Mental hospitals Bombay report 1929-33 - 1929-1933
Year: 1929
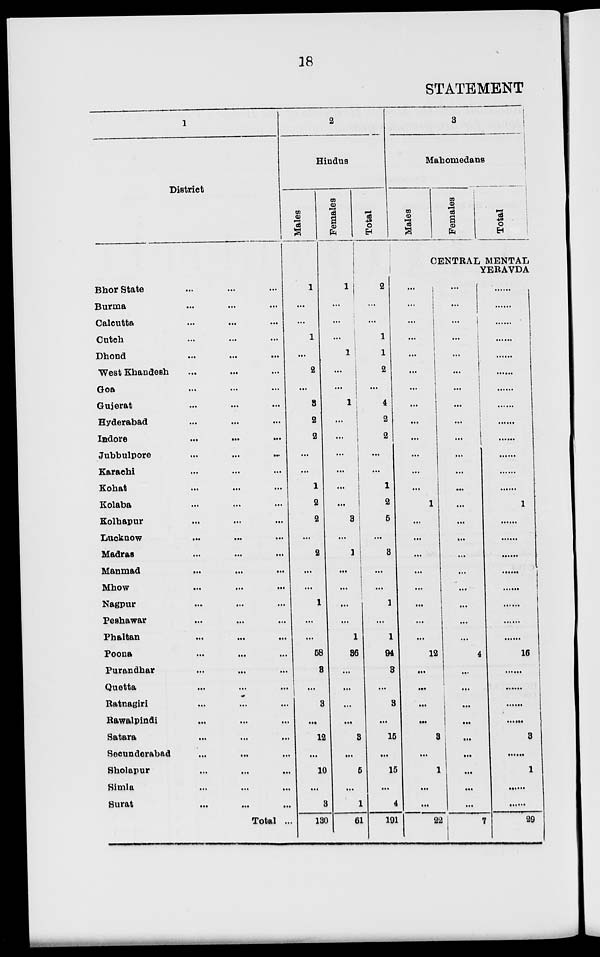
18
STATEMENT
District
Bhor State ... ... ...
Burma ... ... ...
Calcutta ... ... ...
Cutch ... ... ...
Dhond
...
...
...
West Khandesh ... ... ...
Goa ... ... ...
Gujerat ... ... ...
Hyderabad ... ... ...
Indore
...
...
...
Jubbulpore ... ... ...
Karachi ... ... ...
Kohat ... ... ...
Kolaba ... ... ...
Kolhapur ... ... ...
Lucknow ... ... ...
Madras ... ... ...
Manmad ... ... ...
Mhow ... ... ...
Nagpur ... ... ...
Peshawar ... ... ...
Phaltan ... ... ...
Poona ... ... ...
Purandhar ... ... ...
Quetta ... ... ...
Ratnagiri ... ... ...
Rawalpindi ... ... ...
Satara ... ... ...
Secunderabad ... ... ...
Sholapur ... ... ...
Simla ... ... ...
Surat
...
...
...
Total ...
2
Hindus
Males
1
...
...
1
...
2
...
3
2
2
...
...
1
2
2
...
2
...
...
1
...
...
58
3
...
3
...
12
...
10
...
3
130
Females
1
...
...
...
1
...
...
1
...
...
...
...
...
...
3
...
1
...
...
...
...
1
36
...
...
...
...
3
...
5
...
1
61
Total
2
...
...
1
1
2
...
4
2
2
...
...
1
2
5
...
3
...
...
1
...
1
94
3
...
3
...
15
...
15
...
4
191
3
Mahomedans
Males
Females
Total
CENTRAL MENTAL
YERAVDA
...
...
...
...
...
...
...
...
...
...
...
...
...
1
...
...
...
...
...
...
...
...
12
...
...
...
...
3
...
1
...
...
22
...
...
...
...
...
...
...
...
...
...
...
...
...
...
...
...
...
...
...
...
...
...
4
...
...
...
...
...
...
...
...
...
7
......
......
......
......
......
......
......
......
......
......
......
......
......
1
......
......
......
......
......
......
......
......
16
......
......
......
......
3
......
1
......
......
29